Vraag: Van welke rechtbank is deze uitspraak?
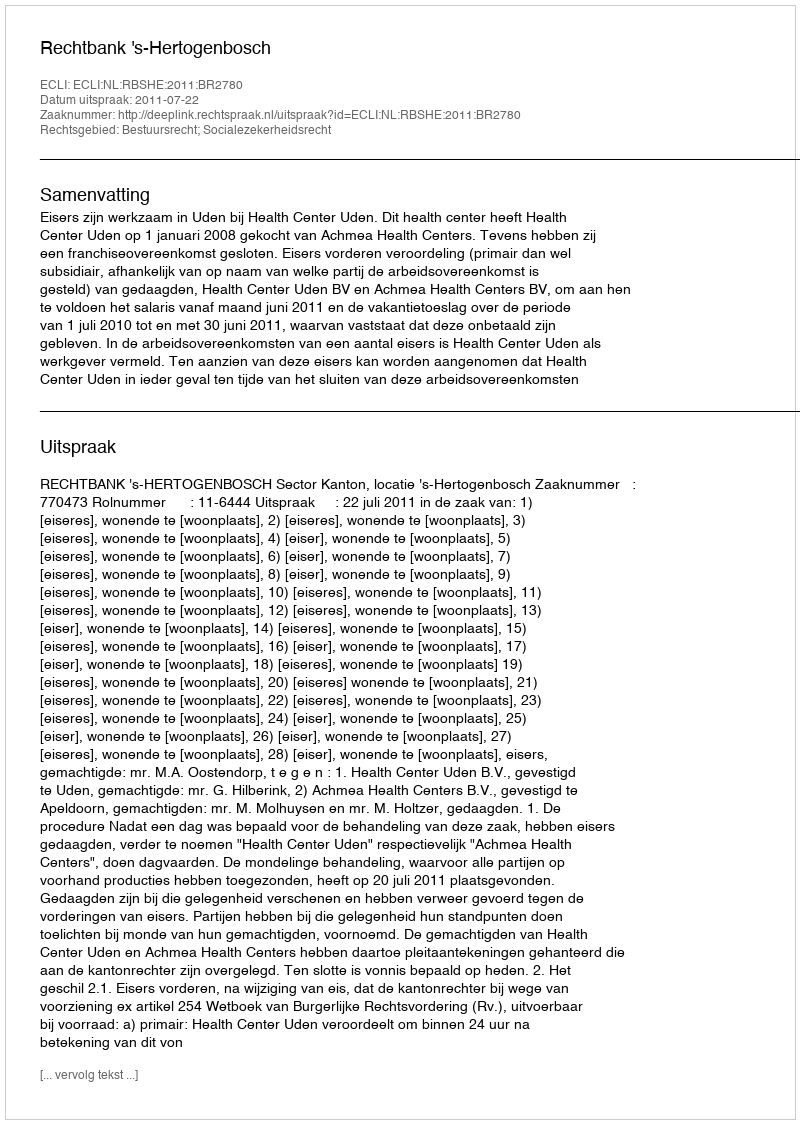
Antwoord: Rechtbank 's-Hertogenbosch